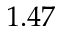
1 . 4 7